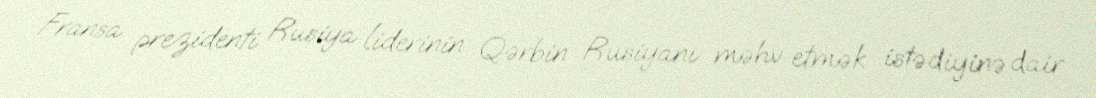
Fransa prezidenti Rusiya liderinin Qərbin Rusiyanı məhv etmək istədiyinə dair